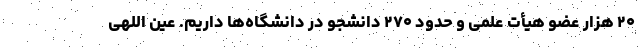
۲۰ هزار عضو هیأت علمی و حدود ۲۷۰ دانشجو در دانشگاه‌ها داریم. عین اللهی